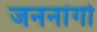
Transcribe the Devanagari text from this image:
जननांगो